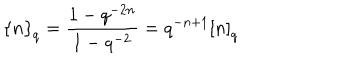
LaTeX: \left\{ n \right\} _ { q } = \frac { 1 - q ^ { - 2 n } } { 1 - q ^ { - 2 } } = q ^ { - n + 1 } \left[ n \right] _ { q }